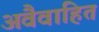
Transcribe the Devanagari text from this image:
अवैवाहित